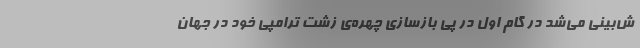
ش‌بینی می‌شد در گام اول در پی بازسازی چهره‌ی زشت ترامپی خود در جهان